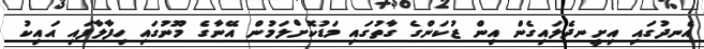
އެނދުގައި އިށީނދެލައިގެން އިން ޒުކަންގެ ގާތުގައި މަޑުކޮށްލަމުން އޭނާގެ މޫނުގައި ހިފާލާފައި އައިކު